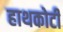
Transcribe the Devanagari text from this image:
हाथकोटी